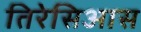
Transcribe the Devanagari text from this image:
तिरेसिआस